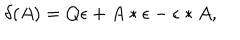
LaTeX: \delta ( A ) = Q \epsilon + A * \epsilon - \epsilon * A ,